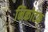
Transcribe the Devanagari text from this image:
निकोटक